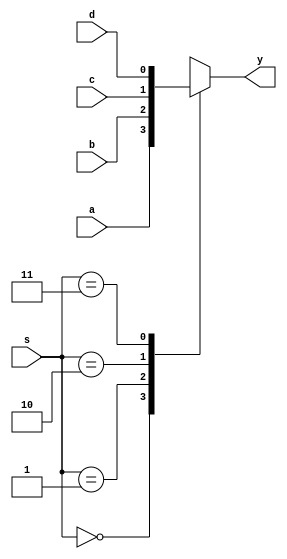
`timescale 1ns / 1ps
//////////////////////////////////////////////////////////////////////////////////
// Company: 
// Engineer: 
// 
// Design Name: 
// Module Name: mux_4to1
// Project Name: 
// Target Devices: 
// Tool Versions: 
// Description: 
// 
// Dependencies: 
// 
// Revision:
// Revision 0.01 - File Created
// Additional Comments:
// 
//////////////////////////////////////////////////////////////////////////////////


module mux_4to1(
    input a,
    input b,
    input c,
    input d,
    input [1:0]s,
    output reg y
    );
    always@(*) 
    begin 
    case(s) 
    2'b00:y=a;
    2'b01:y=b;
    2'b10:y=c;
    2'b11:y=d;
    endcase
    end
endmodule